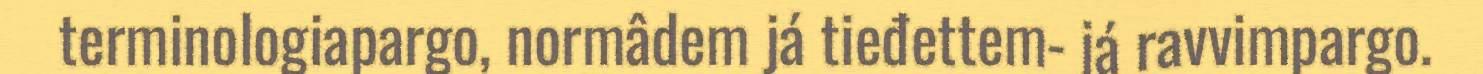
terminologiapargo, normâdem já tieđettem- já ravvimpargo.